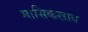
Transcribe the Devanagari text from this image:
मासिकस्राव